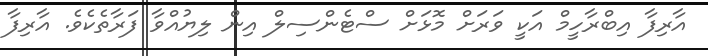
އާރިފާ އިބްރާހީމް އަކީ ވަރަށް މޮޅަށް ސްޓެންސިލް އިން ލިޔުއްވާ ފަރާތެކެވެ. އާރިފާ